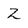
Character: 2